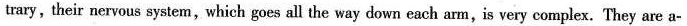
trary, their nervous system,which goes all the way down each arm,is very complex. They are a-